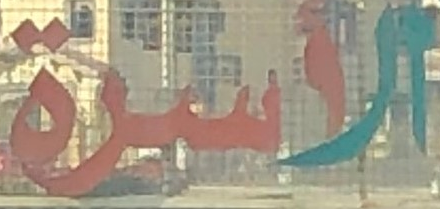
الاسرة